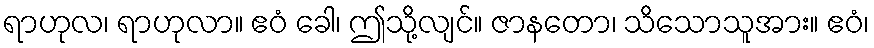
ရာဟုလ၊ ရာဟုလာ။ ဧဝံ ခေါ၊ ဤသို့လျင်။ ဇာနတော၊ သိသောသူအား။ ဧဝံ၊